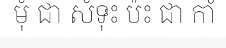
មុំ ជា សំទុះ ប៉ះ ជា កាំ